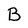
Character: B